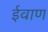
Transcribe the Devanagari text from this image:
ईवाण